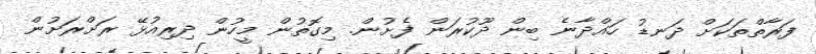
ފަރާތްތަކަށް ދަނޑު ހައްދާނެ ބިން ދޫކުރަން ފެށުން. މިގޮތުން މީހުން ދިރިއުޅޭ ރަށްރަށުން